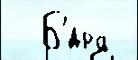
  Б'́дра